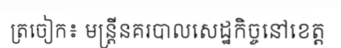
ត្រចៀក៖ មន្ត្រីនគរបាលសេដ្ឋកិច្ចនៅខេត្ត